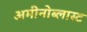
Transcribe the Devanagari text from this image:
अमीनोब्लास्ट